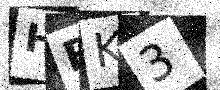
Text: HBK3